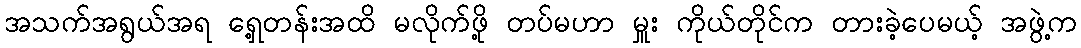
အသက်အရွယ်အရ ရှေ့တန်းအထိ မလိုက်ဖို့ တပ်မဟာ မှူး ကိုယ်တိုင်က တားခဲ့ပေမယ့် အဖွဲ့က